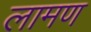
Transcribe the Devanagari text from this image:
लामण